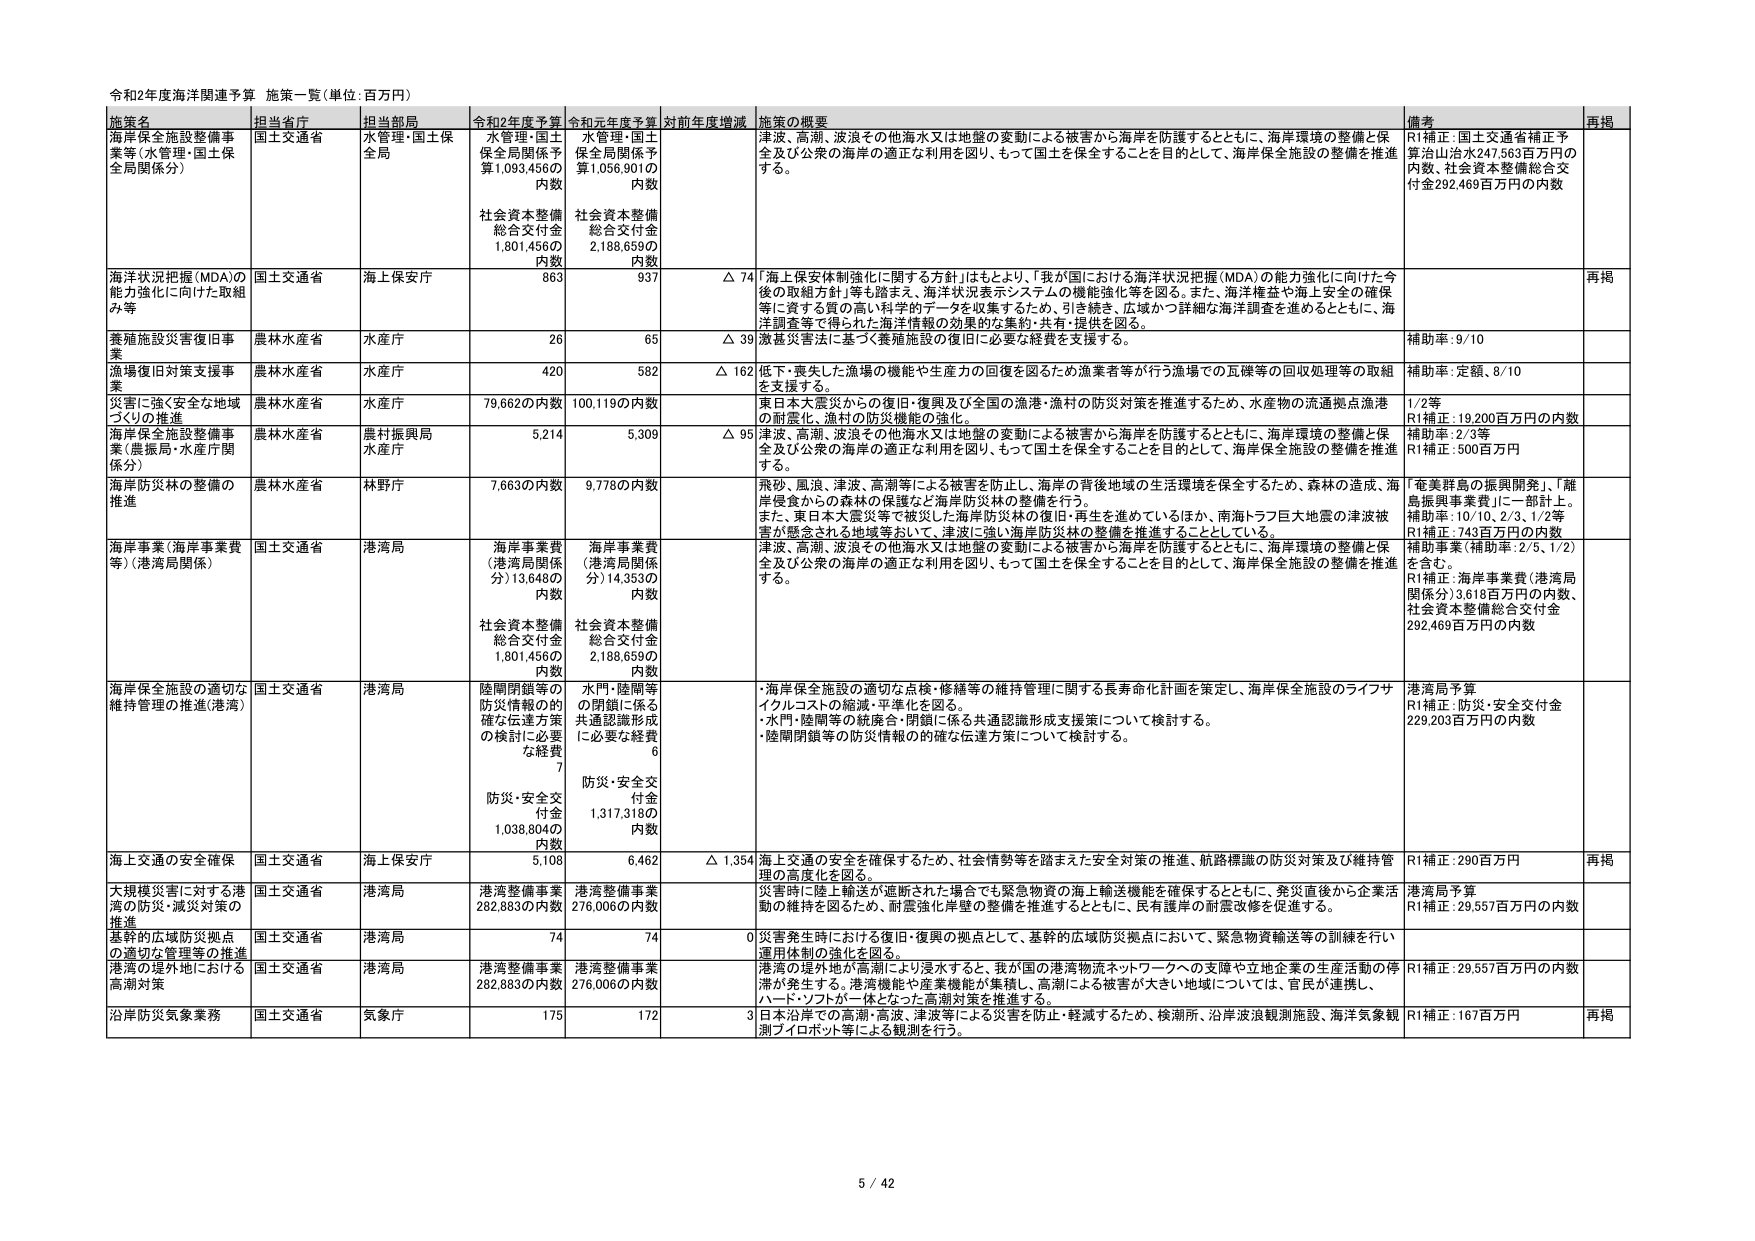
令和2年度海洋関連予算 施策一覧（単位：百万円）

施策名 担当省庁 担当部局 令和2年度予算 令和元年度予算 対前年度増減 施策の概要 備考 再掲

海岸保全施設整備事業等（水管理・国土保全局関係分） 国土交通省 水管理・国土保全局 水管理・国土保全局関係予算1,093,456の内数 社会資本整備総合交付金1,801,456の内数 水管理・国土保全局関係予算1,056,901の内数 社会資本整備総合交付金2,188,659の内数 津波、高潮、波浪その他海水又は地盤の変動による被害から海岸を防護するとともに、海岸環境の整備と保全及び公衆の海岸の適正な利用を図り、もって国土を保全することを目的として、海岸保全施設の整備を推進する。 R1補正：国土交通省補正予算治山治水247,563百万円の内数、社会資本整備総合交付金292,469百万円の内数

海洋状況把握（MDA）の能力強化に向けた取組み等 国土交通省 海上保安庁 863 937 △ 74 「海上保安体制強化に関する方針」はもとより、「我が国における海洋状況把握（MDA）の能力強化に向けた今後の取組方針」等も踏まえ、海洋状況表示システムの機能強化等を図る。また、海洋権益や海上安全の確保等に資する質の高い科学的データを収集するため、引き続き、広域かつ詳細な海洋調査を進めるとともに、海洋調査等で得られた海洋情報の効果的な集約・共有・提供を図る。 再掲

養殖施設災害復旧事業 農林水産省 水産庁 26 65 △ 39 激甚災害法に基づく養殖施設の復旧に必要な経費を支援する。 補助率：9/10

漁場復旧対策支援事業 農林水産省 水産庁 420 582 △ 162 低下・喪失した漁場の機能や生産力の回復等を図るため漁業者等が行う漁場での瓦礫等の回収処理等の取組を支援する。 補助率：定額、8/10

災害に強く安全な地域づくりの推進 農林水産省 水産庁 79,662の内数 100,119の内数 東日本大震災からの復旧・復興及び全国の漁港・漁村の防災対策を推進するため、水産物の流通拠点漁港の耐震化、漁村の防災機能の強化。 1/2等 R1補正：19,200百万円の内数 補助率：2/3等 R1補正：500百万円

海岸保全施設整備事業（農振局・水産庁関係分） 農林水産省 農村振興局 水産庁 5,214 5,309 △ 95 津波、高潮、波浪その他海水又は地盤の変動による被害から海岸を防護するとともに、海岸環境の整備と保全及び公衆の海岸の適正な利用を図り、もって国土を保全することを目的として、海岸保全施設の整備を推進する。

海岸防災林の整備の推進 農林水産省 林野庁 7,663の内数 9,778の内数 飛砂、風浪、津波、高潮等による被害を防止し、海岸の背後地域の生活環境を保全するため、森林の造成、海岸侵食からの森林の保護など海岸防災林の整備を行う。 また、東日本大震災等で被災した海岸防災林の復旧・再生を進めているほか、南海トラフ巨大地震の津波被害が懸念される地域等において、津波に強い海岸防災林の整備を推進することとしている。 「奄美群島の振興開発」、「離島振興事業費」に一部計上。 補助率：10/10、2/3、1/2等 R1補正：743百万円の内数 補助事業（補助率：2/5、1/2）を含む。 R1補正：海岸事業費（港湾局関係分）3,618百万円の内数、社会資本整備総合交付金292,469百万円の内数

海岸事業（海岸事業費等）（港湾局関係） 国土交通省 港湾局 海岸事業費（港湾局関係分）13,648の内数 社会資本整備総合交付金1,801,456の内数 海岸事業費（港湾局関係分）14,353の内数 社会資本整備総合交付金2,188,659の内数 津波、高潮、波浪その他海水又は地盤の変動による被害から海岸を防護するとともに、海岸環境の整備と保全及び公衆の海岸の適正な利用を図り、もって国土を保全することを目的として、海岸保全施設の整備を推進する。

海岸保全施設の適切な維持管理の推進（港湾） 国土交通省 港湾局 陸関閉鎖等の防災情報の的確な伝達方策の検討に必要な経費7 防災・安全交付金1,038,804の内数 水門・陸関等の閉鎖に係る共通認識形成に必要な経費6 防災・安全交付金1,317,318の内数 ・海岸保全施設の適切な点検・修繕等の維持管理に関する長寿命化計画を策定し、海岸保全施設のライフサイクルコストの縮減・平準化を図る。 ・水門・陸関等の統廃合・閉鎖に係る共通認識形成支援策について検討する。 ・陸関閉鎖等の防災情報の的確な伝達方策について検討する。 港湾局予算 R1補正：防災・安全交付金229,203百万円の内数

海上交通の安全確保 国土交通省 海上保安庁 5,108 6,462 △ 1,354 海上交通の安全を確保するため、社会情勢等を踏まえた安全対策の推進、航路標識の防災対策及び維持管理の高度化を図る。 R1補正：290百万円 再掲

大規模災害に対する港湾の防災・減災対策の推進 国土交通省 港湾局 港湾整備事業282,883の内数 港湾整備事業276,006の内数 災害時に陸上輸送が遮断された場合でも緊急物資の海上輸送機能を確保するとともに、発災直後から企業活動の維持を図るため、耐震強化岸壁の整備を推進するとともに、民有護岸の耐震改修を促進する。 港湾局予算 R1補正：29,557百万円の内数

基幹的広域防災拠点の適切な管理等の推進 国土交通省 港湾局 74 74 0 災害発生時における復旧・復興の拠点として、基幹的広域防災拠点において、緊急物資輸送等の訓練を行い、運用体制の強化を図る。

港湾の境外地における高潮対策 国土交通省 港湾局 港湾整備事業282,883の内数 港湾整備事業276,006の内数 港湾の境外地が高潮により浸水すると、我が国の港湾物流ネットワークへの支障や立地企業の生産活動の停滞が発生する。港湾機能や産業機能が集積し、高潮による被害が大きい地域については、官民が連携し、ハード・ソフトが一体となった高潮対策を推進する。 R1補正：29,557百万円の内数

沿岸防災気象業務 国土交通省 気象庁 175 172 3 日本沿岸での高潮・高波、津波等による災害を防止・軽減するため、検潮所、沿岸波浪観測施設、海洋気象観測ブイロボット等による観測を行う。 R1補正：167百万円 再掲

5 / 42